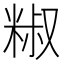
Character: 𥺱